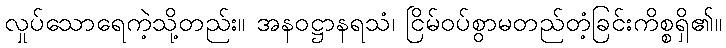
လှုပ်သောရေကဲ့သို့တည်း။ အနဝဋ္ဌာနရသံ၊ ငြိမ်ဝပ်စွာမတည်တံ့ခြင်းကိစ္စရှိ၏။